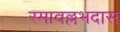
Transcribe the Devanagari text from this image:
रमावल्लभदास